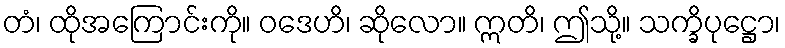
တံ၊ ထိုအကြောင်းကို။ ဝဒေဟိ၊ ဆိုလော။ ဣတိ၊ ဤသို့။ သက္ခိပုဋ္ဌော၊